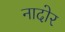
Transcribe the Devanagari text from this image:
नादोर